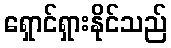
ရှောင်ရှားနိုင်သည်